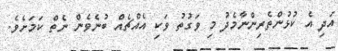
އަދި އެ ކުޅުންތެރިންނާމެދު މި ވަގުތު ވަކި އެއްޗެއް ބުނެވެން ނެތް ކަމަށެވެ.